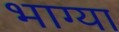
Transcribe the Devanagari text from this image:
भाग्या